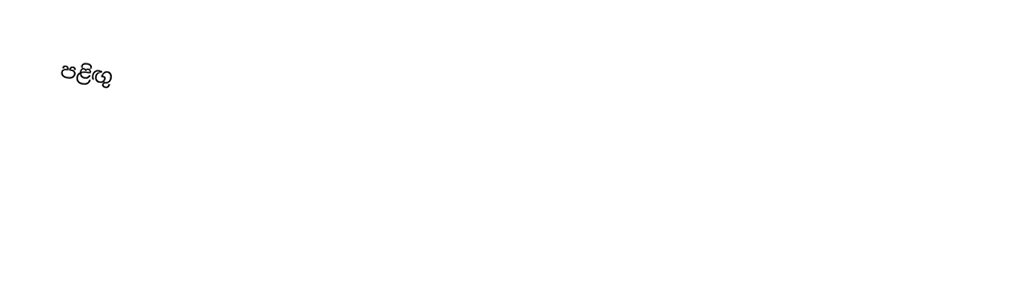
පළිඟු